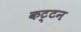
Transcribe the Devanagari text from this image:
कट्टन